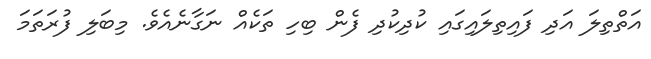
އަތްތިލަ އަދި ފައިތިލައިގައި ކުދިކުދި ފެން ބިހި ތަކެއް ނަގާނެއެވެ. މިބަލި ފުރަތަމަ